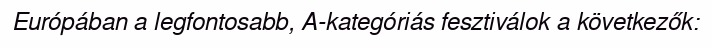
Európában a legfontosabb, A-kategóriás fesztiválok a következők: